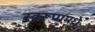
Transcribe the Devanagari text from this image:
स्वरूपामधे